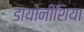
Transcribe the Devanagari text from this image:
डायोनीशिया